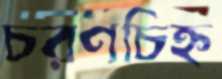
চরণচিহ্ন